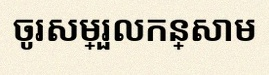
ចូរសម្រួលកន្សោម